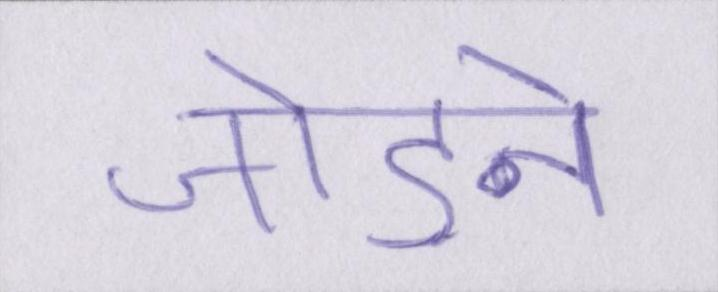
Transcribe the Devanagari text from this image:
जोड़ने